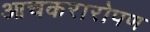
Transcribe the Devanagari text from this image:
आचकरारोपण